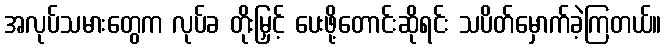
အလုပ်သမားတွေက လုပ်ခ တိုးမြှင့် ပေးဖို့တောင်းဆိုရင်း သပိတ်မှောက်ခဲ့ကြတယ်။